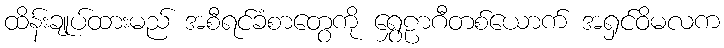
ထိန်းချုပ်ထားမည် အစီရင်ခံစာတွေကို ရွှေဠာဂီတစ်ယောက် အရှင်ဝိမလက